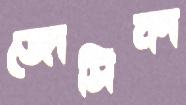
জোসিকা